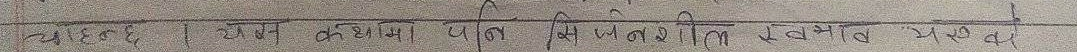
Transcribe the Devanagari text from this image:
चाहिन्छ | अथवा कक्षामा पनि सिद्धान्त एवं प्रयोग